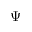
\Psi